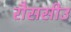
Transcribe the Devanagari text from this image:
रौससीउ